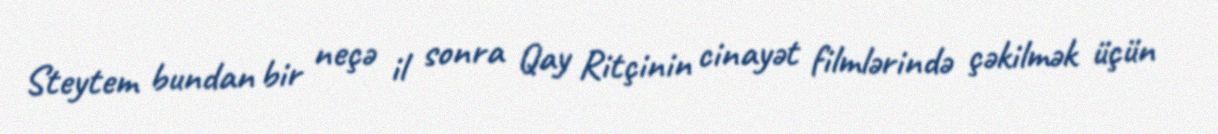
Steytem bundan bir neçə il sonra Qay Ritçinin cinayət filmlərində çəkilmək üçün